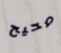
صحيح